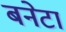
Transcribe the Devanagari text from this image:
बनेटा